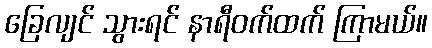
ခြေလျင် သွားရင် နာရီဝက်ထက် ကြာမယ်။